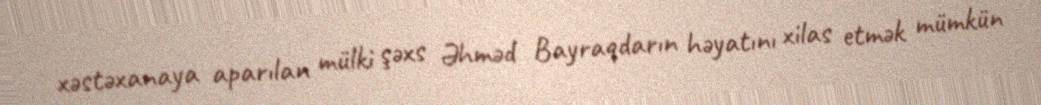
xəstəxanaya aparılan mülki şəxs Əhməd Bayraqdarın həyatını xilas etmək mümkün